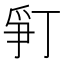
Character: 𬋨